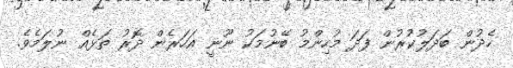
ހެދުން ބަދަލުކުރުން ފަދަ މުހިންމު ބޭނުމަކު ނޫނީ އަހަރެން ދޮރު ތަޅެއް ނުލަމެވެ.